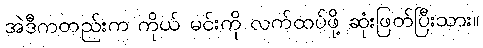
အဲဒီကတည်းက ကိုယ် မင်းကို လက်ထပ်ဖို့ ဆုံးဖြတ်ပြီးသား။